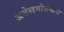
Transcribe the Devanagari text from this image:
अबेलमोसखस